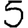
Digit: 5